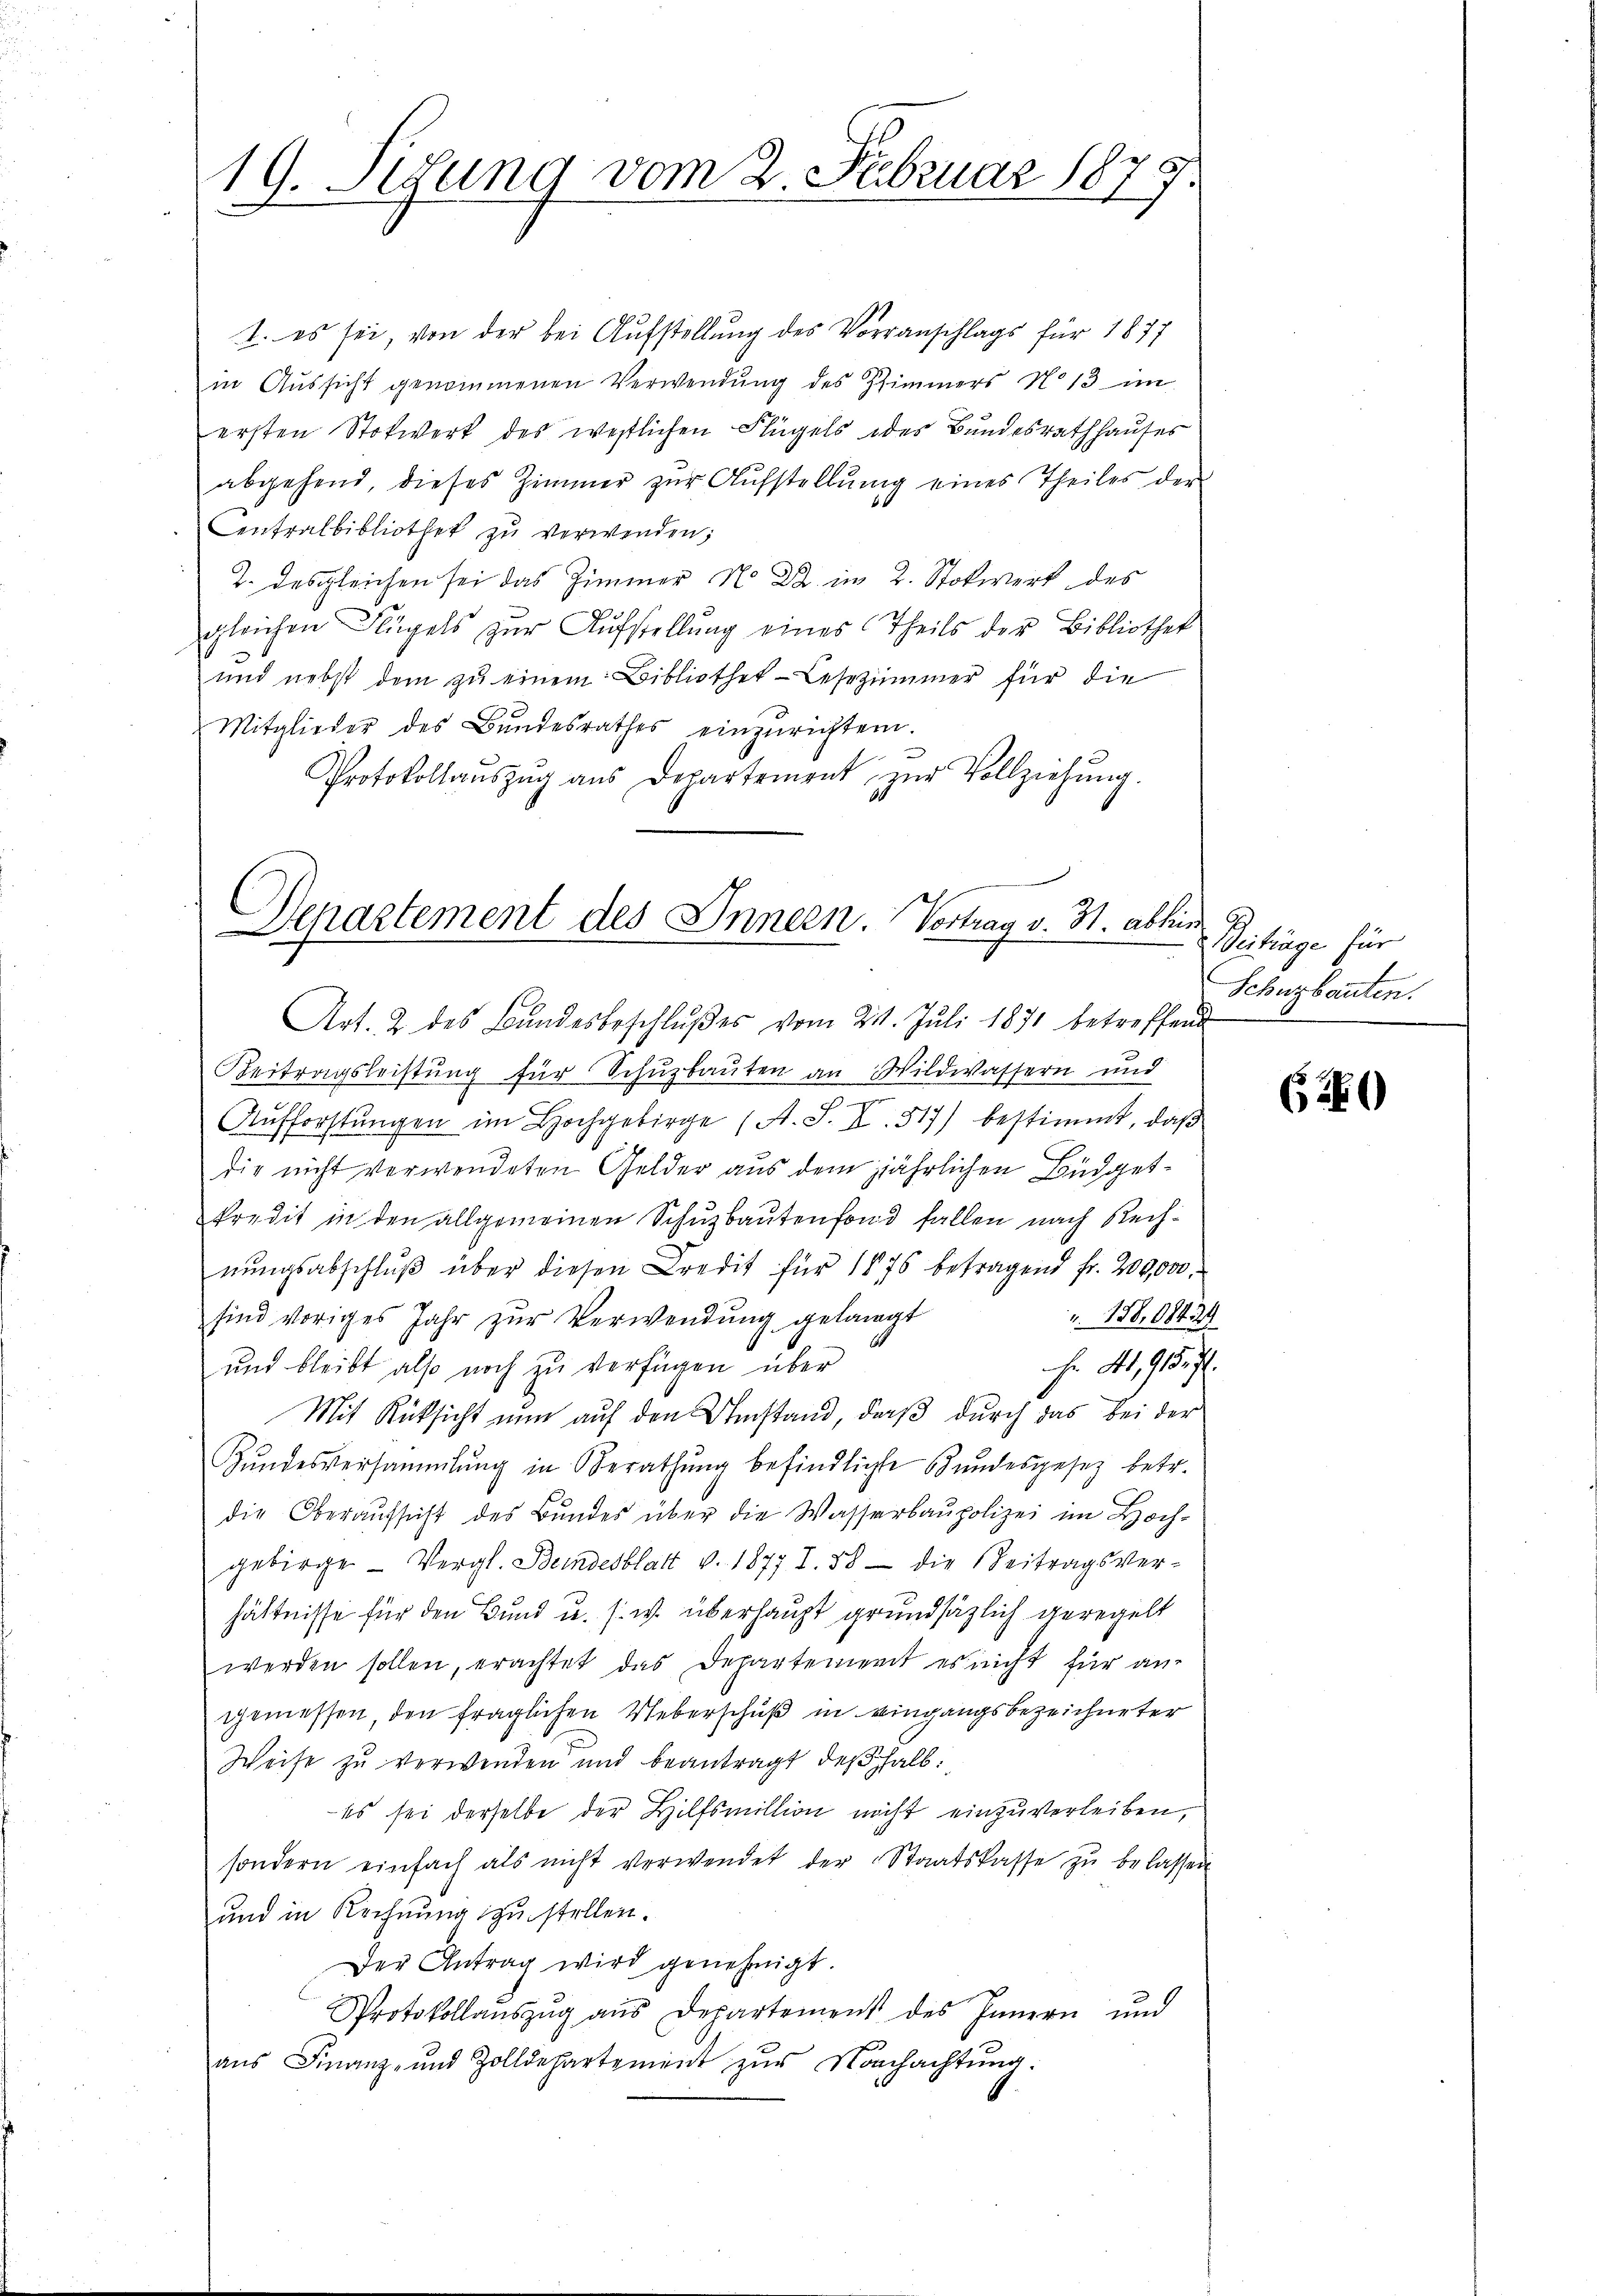
19. Sedung vom 2. Februar 1879

1. es sei, von der bei Aufstellung des Vorranschlags für 1877
in Aussicht genommenen Verwendung des Zimmers N. 13 im
ersten Stockwerk des westlichen Flügels der Bundesrathhauses
abgehend, dieses Zimmer zŭr Aŭfstellŭng eines Theiles der
Centralbibliothek zu verwenden;
2. Desgleichen sei das Zimmer N. Da im 2. Stokwerk des
gleichen Flügels zur Aufstellung eines Theils der Bibliothek
und nebst dem zŭ einem Bibliothek-Lesezimmer für die
Mitglieder des Bundesrathes einzurichten.
Protokollaŭszŭg aŭs Departement zŭr Vollziehŭng.

Separtement des Innern. Vortrag v. H. abhin
Art. 2 des Bundesbeschlußes vom 21. Juli 1871 betreffend

Beitragsleistŭng für Schuzbauten an Wildwassern und
zu
s
Aufforstungen im Hochgebirge (A. S. 8. 517) bestimmt, daß
die nicht verwendeten Gelder aus dem jährlichen Büdget¬
Predit in den allgemeinen Schuzbautenfond fallen nach Rechnŭngsabschlŭβ über diesen Credit für 1876 betragend fr. 200,000.
 158,08424
sind voriges Jahr zŭr Verwendung gelangt
h. 4, 95. 7
und bleibt also noch zu verfügen über
Mit Rücksicht nun auf den Umstand, daß durch das bei der
Bundesversammlung in Berathung befindlichte Bundesgesetz betr.
die Oberaŭfsicht des Bŭndes über die Wasserbaupolizei im Hoch-
gebirge Vergl. Beindesblatt v. 1877 I. 58 die Beitragsver-
hältnisse für den Bund u. s. w. überhaupt grundsätzlich geregelt
werden sollen, erachtet das Departement es nicht für an-
gemessen, den fraglichen Ueberschuß in eingangsbezeichneter
Weise zŭ verwenden und beantragt deβhalb:
es sei derselbe der Hilfsmillion nicht einzuverleiben,
sondern einfach als nicht verwendet der Staatskasse zŭ belassen
und in Rechnung zustellen.
Der Antrag wird genehmigt.
Protokollaŭszŭg aŭs Departement des Innern und
aus Finanz- und Zolldepartement zur Nachachtung:

Peitige für
Schutzbauten.

C